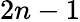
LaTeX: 2n-1